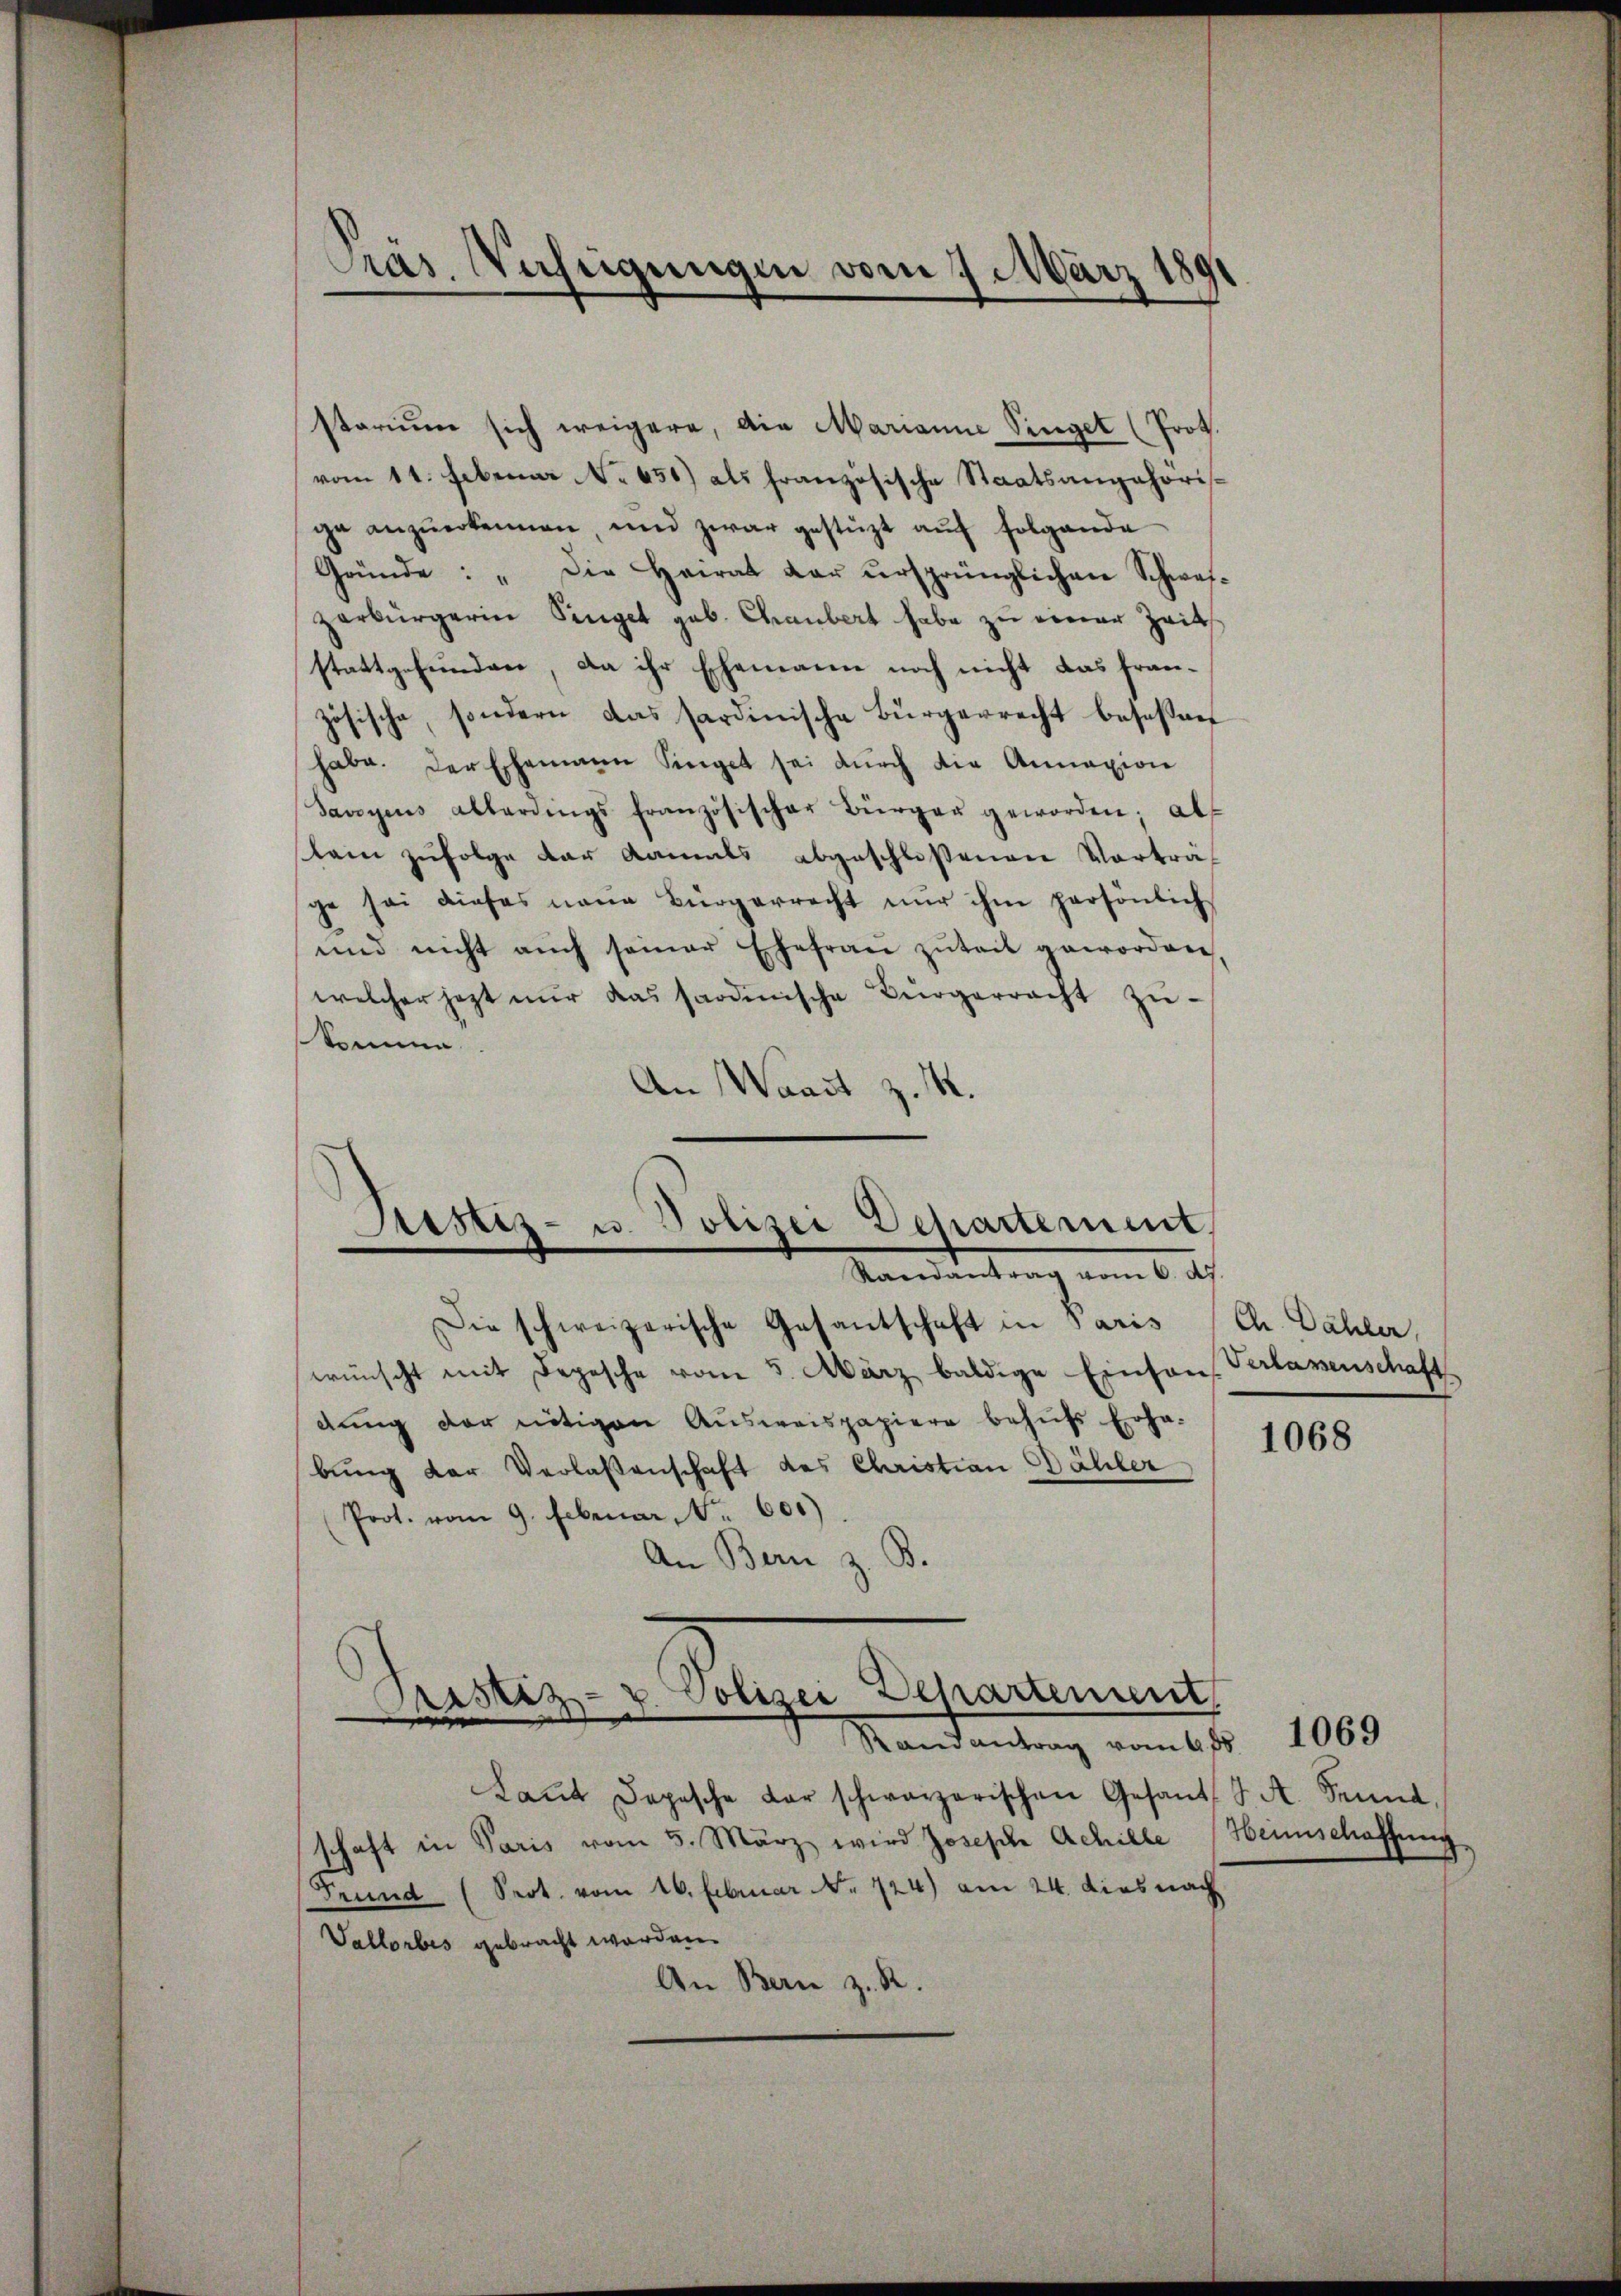
Präs. Verheigungen vom 7. März 1891

starium sich weigere, die Marianne Singet (Prot.
vom 11. Februar No 651.) als französische Staatsangehörisge anzŭerkennen, und zwar gestüzt aŭf folgende
Gründe: „Die Heirat dar ursprünglichen Schwei-
zerbürgerin Pinget geb. Chraubert habe zu einer Zeit
stattgefunden, da ihr Ehemann noch nicht das französische, sondern das sardinische Bürgerrecht beseßen
habe. Der Ehemann Singet sei dŭrch die Annazion
Savoyens allerdings französischer Bürger geworden; als
kein zufolge der damals abgeschloßenen Vorträge sei dieses neue Bürgerrecht nŭr ihm persönlich
und nicht auch seiner Ehefrau zuteit geworden,
welcher jezt nŭr das sardinische Bürgerracht zŭ-
komme.
An Waadt z. R.
Die schweizerische Gesantschaft in Paris (Ch. Dähler,
wünscht mit Depesche vom 5. März baldige Einsons Verlassenschaft
dung der nötigen Ausweispapiere behufs Erha-
bung der Verlaßenschaft des Christian Bähler
Prot. vom 9. Februar 1601)
An Bern z. B.
d
Polizei Dehartement
Prostiz- u.

Randantrag vom 4. 85.
Laŭt Dopische der schwarzerischen Gesant J. A. Jenne,
schaft in Paris vom 5. März wird Joseph Achille (Heimschaffung
Frund (Sept. vom 16. Februar Nr. 724) am 24. dies nach
Vallorbes gebracht worden.
An Bern z. R.

Sistiz- u. Polizei Departement,
Randantrag vom 6. d.

1068

1069